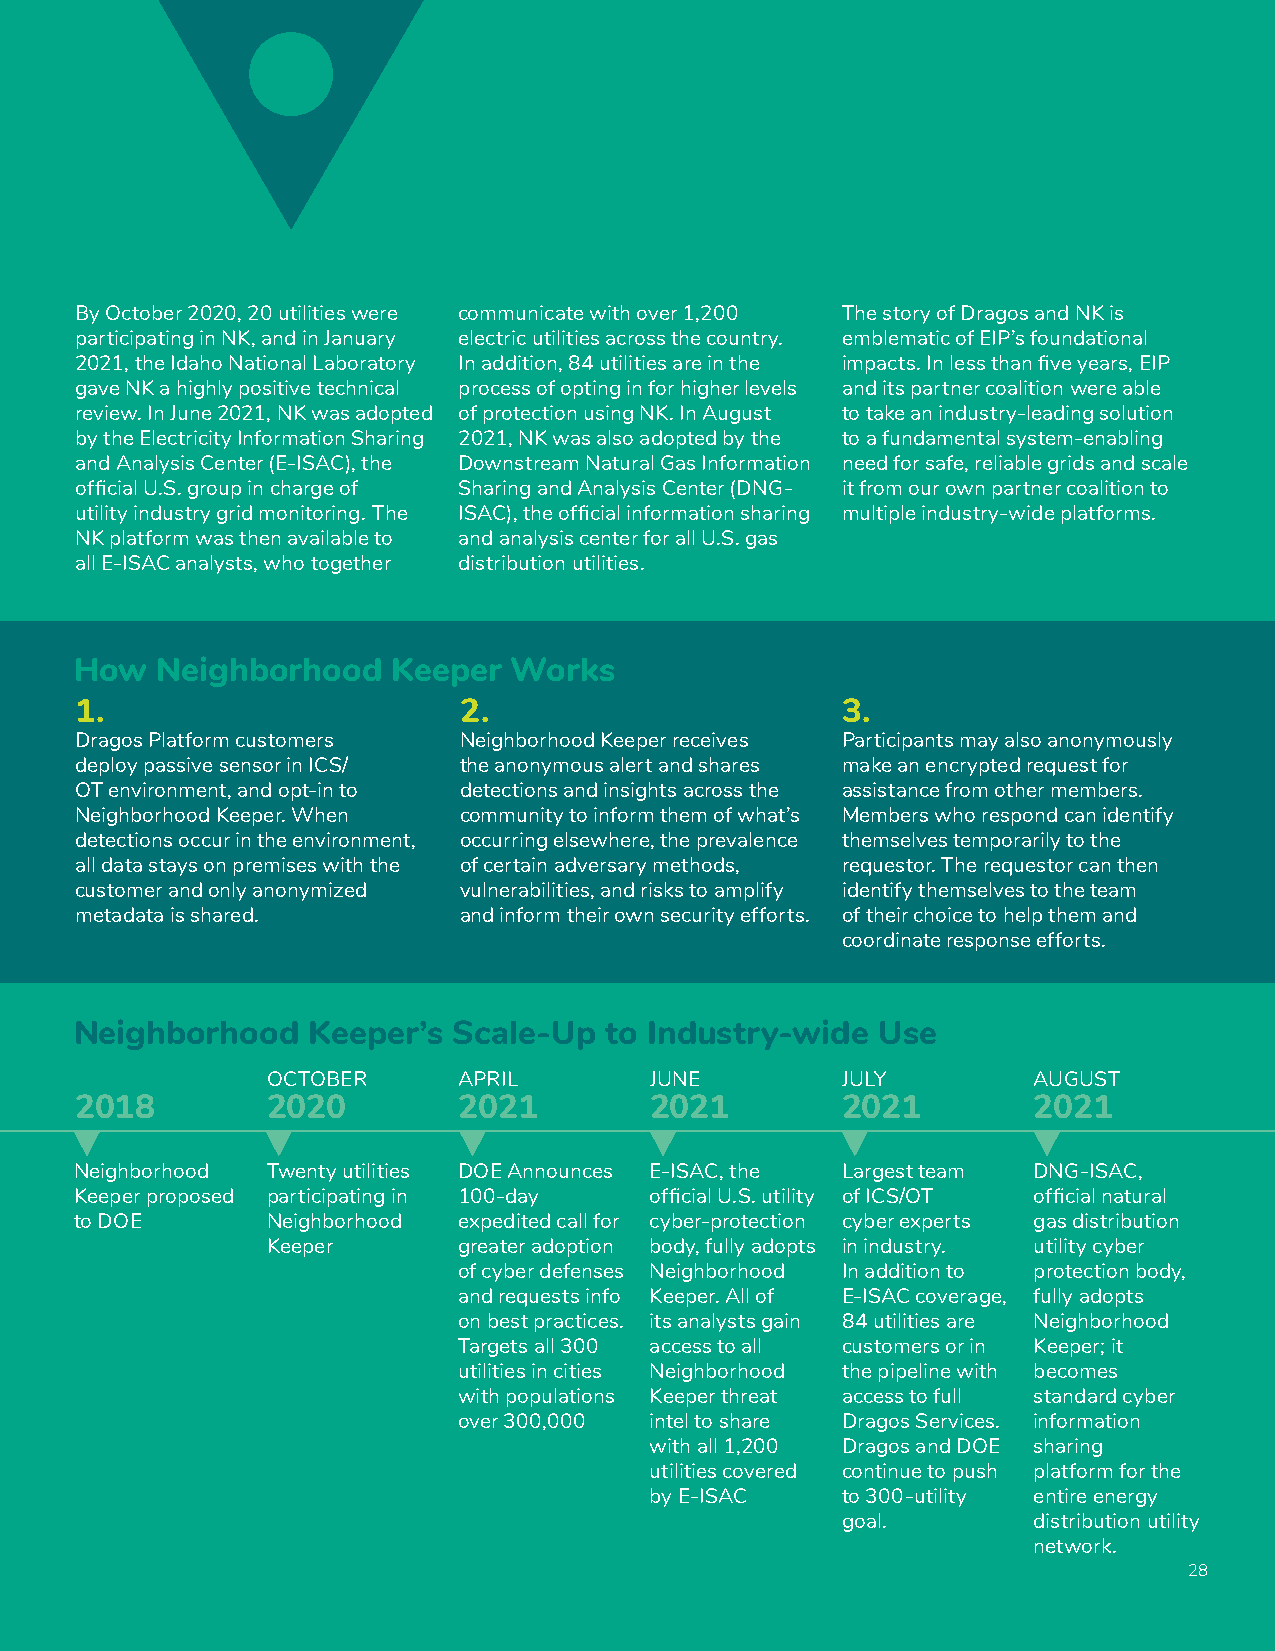
By October 2020, 20 utilities were communicate with over 1,200 The story of Dragos and NK is
 participating in NK, and in January electric utilities across the country. emblematic of EIP’s foundational
 2021, the Idaho National Laboratory In addition, 84 utilities are in the impacts. In less than five years, EIP
 gave NK a highly positive technical process of opting in for higher levels and its partner coalition were able
 review. In June 2021, NK was adopted of protection using NK. In August to take an industry-leading solution
 by the Electricity Information Sharing 2021, NK was also adopted by the to a fundamental system-enabling
 and Analysis Center (E-ISAC), the Downstream Natural Gas Information need for safe, reliable grids and scale
 official U.S. group in charge of Sharing and Analysis Center (DNG- it from our own partner coalition to
 utility industry grid monitoring. The ISAC), the official information sharing multiple industry-wide platforms.
 NK platform was then available to and analysis center for all U.S. gas
 all E-ISAC analysts, who together distribution utilities.
 How  Neighborhood    Keeper  Works
 1.                       2.                        3.
 Dragos Platform customers Neighborhood Keeper receives Participants may also anonymously
 deploy passive sensor in ICS/ the anonymous alert and shares make an encrypted request for
 OT environment, and opt-in to detections and insights across the assistance from other members.
 Neighborhood Keeper. When community to inform them of what’s Members who respond can identify
 detections occur in the environment, occurring elsewhere, the prevalence themselves temporarily to the
 all data stays on premises with the of certain adversary methods, requestor. The requestor can then
 customer and only anonymized vulnerabilities, and risks to amplify identify themselves to the team
 metadata is shared.      and inform their own security efforts. of their choice to help them and
 coordinate response efforts.
 Neighborhood   Keeper’s  Scale-Up  to Industry-wide  Use
 OCTOBER     APRIL        JUNE         JULY        AUGUST
 2018         2020        2021         2021         2021        2021
 Neighborhood Twenty utilities DOE Announces E-ISAC, the Largest team DNG-ISAC,
 Keeper proposed participating in 100-day official U.S. utility of ICS/OT official natural
 to DOE       Neighborhood expedited call for cyber-protection cyber experts gas distribution
 Keeper      greater adoption body, fully adopts in industry. utility cyber
 of cyber defenses Neighborhood In addition to protection body,
 and requests info Keeper. All of E-ISAC coverage, fully adopts
 on best practices. its analysts gain 84 utilities are Neighborhood
 Targets all 300 access to all customers or in Keeper; it
 utilities in cities Neighborhood the pipeline with becomes
 with populations Keeper threat access to full standard cyber
 over 300,000 intel to share Dragos Services. information
 with all 1,200 Dragos and DOE sharing
 utilities covered continue to push platform for the
 by E-ISAC    to 300-utility entire energy
 goal.       distribution utility
 network.
 28